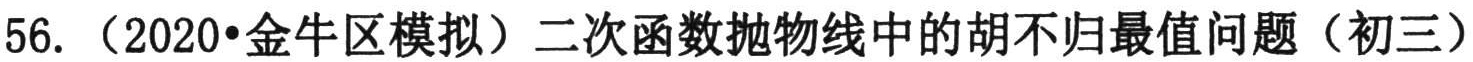
56. （2020•金牛区模拟）二次函数抛物线中的胡不归最值问题（初三）